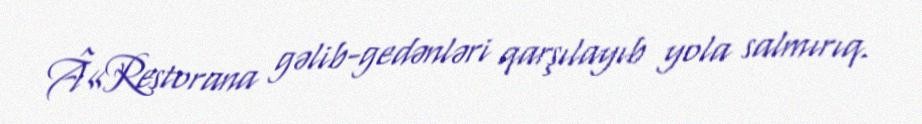
Â«Restorana gəlib-gedənləri qarşılayıb yola salmırıq.